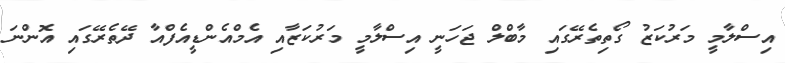
އިސްލާމީ މަރުކަޒު ގޯތިތެރޭގައި މާބްލް ޖަހަނީ އިސްލާމީ މަރުކަޒާއި އެމްއެންޑީއެފްއާ ދޭތެރޭގައި އޮންނަ